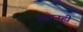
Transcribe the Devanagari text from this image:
गायनही